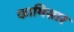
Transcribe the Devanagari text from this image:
कामिसार